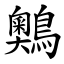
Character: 䴈